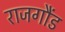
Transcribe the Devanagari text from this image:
राजगौंड